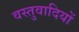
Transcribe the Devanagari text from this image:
वस्तुवादियों